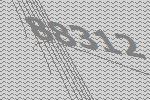
88312